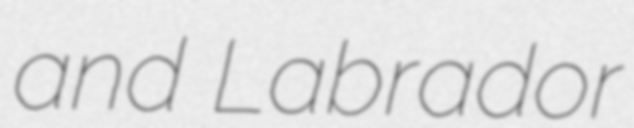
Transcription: and Labrador